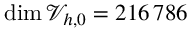
\dim \mathcal { V } _ { h , 0 } = 2 1 6 { \, } 7 8 6